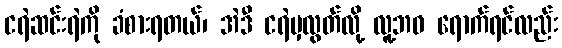
ငရဲဆင်းရဲကို ခံစားရတယ်၊ အဲဒီ ငရဲမှလွတ်လို့ လူ့ဘဝ ရောက်ရင်လည်း